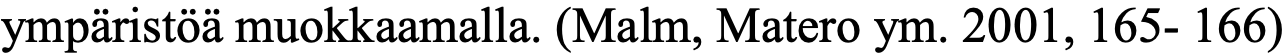
ympäristöä muokkaamalla. (Malm, Matero ym. 2001, 165- 166)